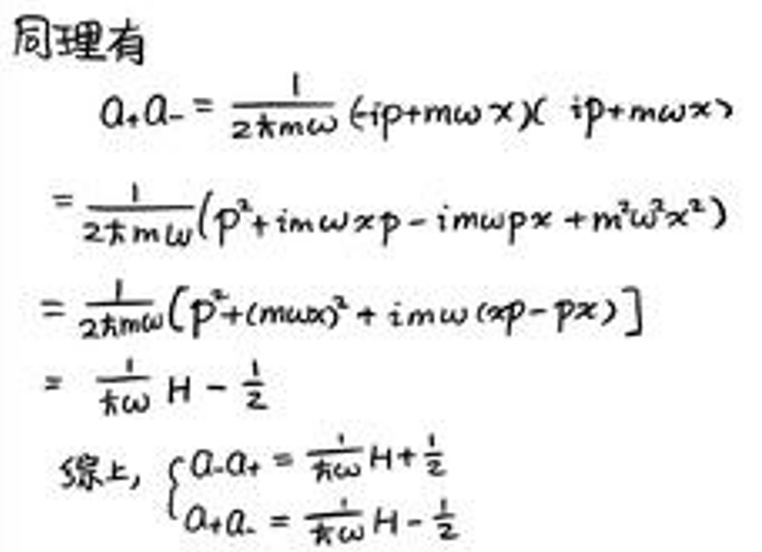
同理有
\(a_ + a_-&=\frac{1}{2\hbar m\omega}(ip + m\omega x)(ip + m\omega x)\\\)
\(&=\frac{1}{2\hbar m\omega}(p^2 + im\omega xp - im\omega px + m^2\omega^2x^2)\\\)
\(&=\frac{1}{2\hbar m\omega}\left[p^2+(m\omega x)^2 + im\omega (xp - px)\right]\\\)
\(&=\frac{\omega}{\hbar}H-\frac{1}{2}\)

综上，\begin{cases}
\(a_-a_+=\frac{\omega}{\hbar}H+\frac{1}{2}\\\)
\(a_+a_-=\frac{\omega}{\hbar}H-\frac{1}{2}\)
\end{cases}